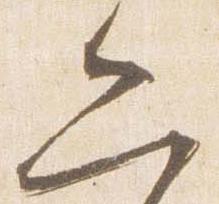
六